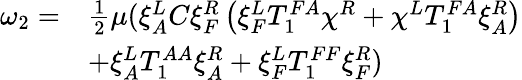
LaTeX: \begin{array}{rl}{\omega_{2}=}&{\frac 12\mu(\xi_{A}^{L}C\xi_{F}^{R}\left(\xi_{F}^{L}T_{1}^{FA}\chi^{R}+\chi^{L}T_{1}^{FA}\xi_{A}^{R}\right)}\\ &{+\xi_{A}^{L}T_{1}^{AA}\xi_{A}^{R}+\xi_{F}^{L}T_{1}^{FF}\xi_{F}^{R})}\end{array}